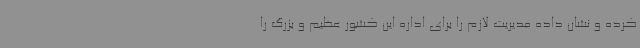
کرده و نشان داده مدیریت لازم را برای اداره این کشور عظیم و بزرگ را